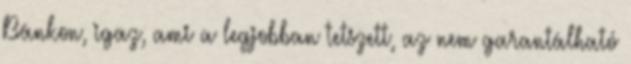
Bánkon, igaz, ami a legjobban tetszett, az nem garantálható